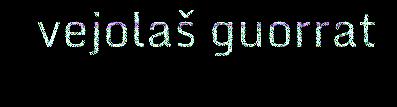
vejolaš guorrat